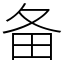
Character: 备